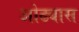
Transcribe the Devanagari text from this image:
ओढ्यास